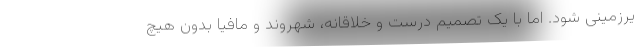
یرزمینی شود. اما با یک تصمیم درست و خلاقانه، شهروند و مافیا بدون هیچ